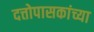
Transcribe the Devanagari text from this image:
दत्तोपासकांच्या